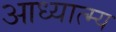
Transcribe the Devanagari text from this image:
आध्यात्म्य